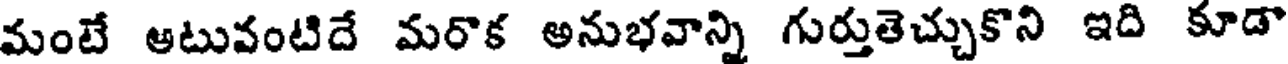
మంటే అటువంటిదే మరొక అనుభవాన్ని గుర్తుతెచ్చుకొని ఇది కూడా